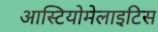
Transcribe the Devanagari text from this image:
आस्टियोमेलाइटिस